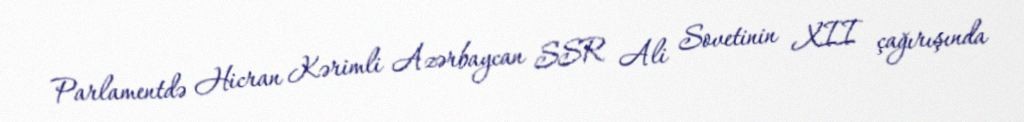
Parlamentdə Hicran Kərimli Azərbaycan SSR Ali Sovetinin XII çağırışında